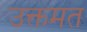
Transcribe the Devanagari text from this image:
उक्तमत